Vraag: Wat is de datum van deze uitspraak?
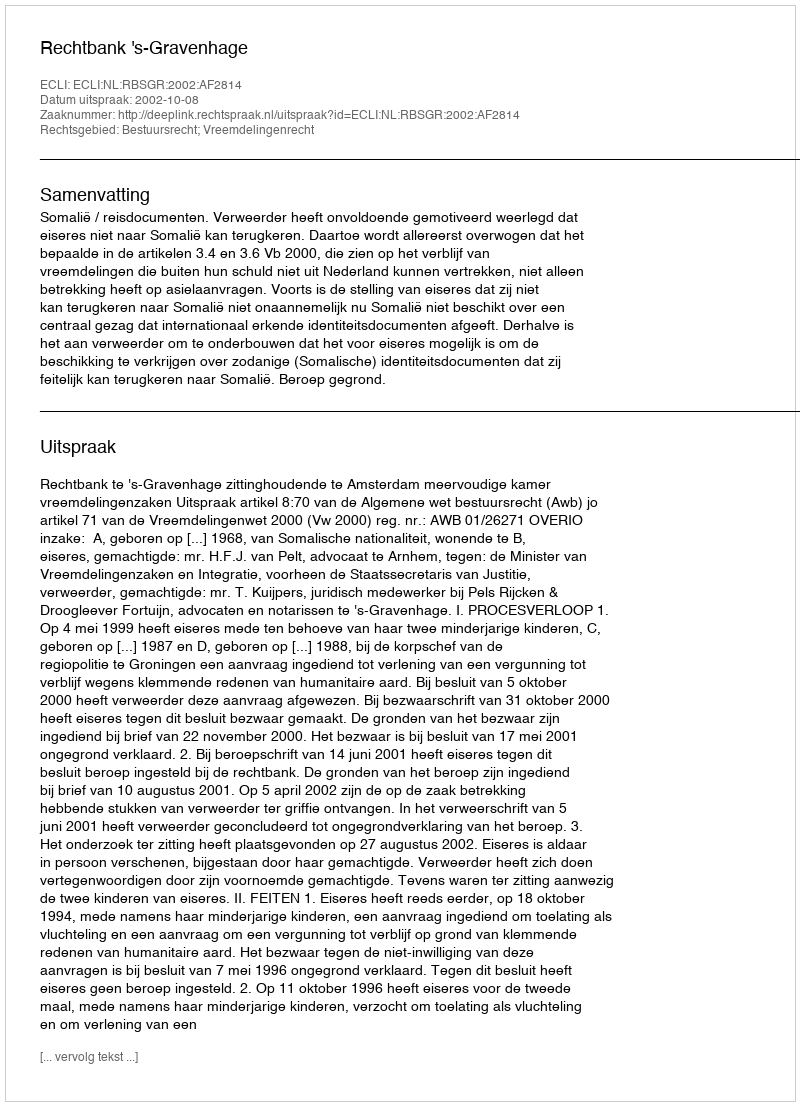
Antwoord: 2002-10-08